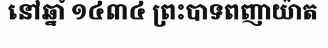
នៅឆ្នាំ ១៤៣៤ ព្រះបាទពញាយ៉ាត